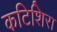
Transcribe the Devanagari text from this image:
कटिशिरा